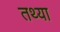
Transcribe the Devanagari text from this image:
तथ्या